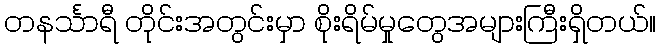
တနင်္သာရီ တိုင်းအတွင်းမှာ စိုးရိမ်မှုတွေအများကြီးရှိတယ်။